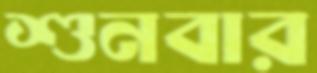
শুনবার